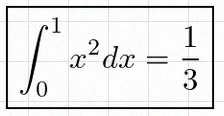
\int_0^1 x^2dx=\frac13